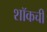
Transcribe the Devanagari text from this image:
शॉकची